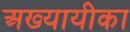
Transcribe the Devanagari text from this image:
अख्यायीका